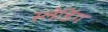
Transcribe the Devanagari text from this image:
स्लेडिंग